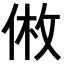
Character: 𪝅